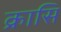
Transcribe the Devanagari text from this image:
क्रासि